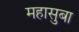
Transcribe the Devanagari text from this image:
महासुबा